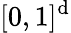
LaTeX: [0,1]^{\mathrm{d}}